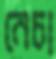
নেচা